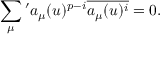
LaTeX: \sum _ { \mu } { } ^ { \prime } a _ { \mu } ( u ) ^ { p - i } \overline { { { a _ { \mu } ( u ) ^ { i } } } } = 0 .